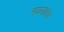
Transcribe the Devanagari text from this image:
मळ्यातच